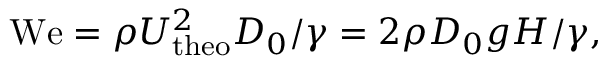
\mathrm { W e } = \rho U _ { \mathrm { t h e o } } ^ { 2 } D _ { 0 } / \gamma = 2 \rho D _ { 0 } g H / \gamma ,